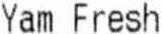
YAM FRESH